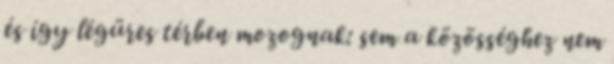
és így légüres térben mozognak: sem a közösséghez nem